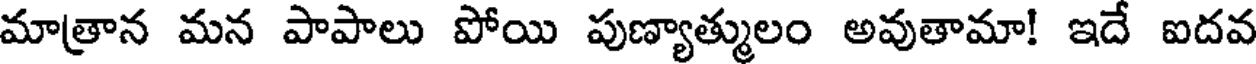
మాత్రాన మన పాపాలు పోయి పుణ్యాత్ములం అవుతామా! ఇదే ఐదవ